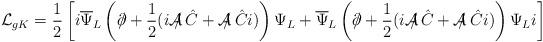
LaTeX: \begin{align*}{\cal L}_{gK} = \frac{1}{2} \left[i\overline{\Psi}_L\left(\partial\!\!\!/ +\frac{1}{2}(i{\cal A}\!\!\!/\,\hat{C} + {\cal A}\!\!\!/\:\hat{C}i)\right) \Psi_L+ \overline{\Psi}_L\left(\partial\!\!\!/ + \frac{1}{2}(i{\cal A}\!\!\!/\,\hat{C} + {\cal A}\!\!\!/\:\hat{C}i)\right)\Psi_L i\right]\end{align*}